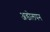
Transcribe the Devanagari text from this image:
अडोलपन